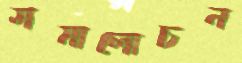
সমালোচন